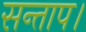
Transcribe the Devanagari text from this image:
सन्‍ताप।